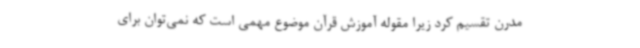
مدرن تقسیم کرد زیرا مقوله آموزش قرآن موضوع مهمی است که نمی‌توان برای